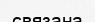
связана